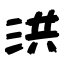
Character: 洪